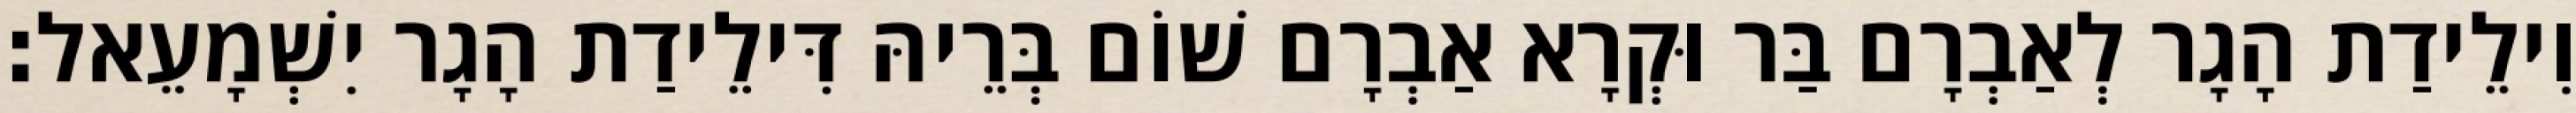
וִילֵידַת הָגָר לְאַבְרָם בַּר וּקְרָא אַבְרָם שׁוֹם בְּרֵיהּ דִּילֵידַת הָגָר יִשְׁמָעֵאל׃